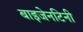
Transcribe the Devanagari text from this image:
बाइजेनटिनी